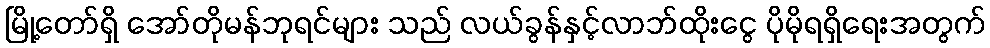
မြို့တော်ရှိ အော်တိုမန်ဘုရင်များ သည် လယ်ခွန်နှင့်လာဘ်ထိုးငွေ ပိုမိုရရှိရေးအတွက်